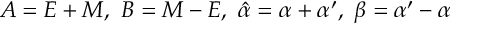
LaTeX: A = E + { M } , \ B = { M } - E , \ \hat { \alpha } = \alpha + \alpha ^ { \prime } , \ \beta = \alpha ^ { \prime } - \alpha